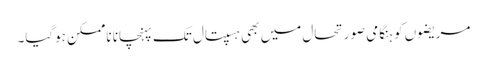
مریضوں کو ہنگامی صورتحال میں بھی ہسپتال تک پہنچانا ناممکن ہوگیا۔